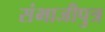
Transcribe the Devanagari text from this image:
संभाजीपुत्र